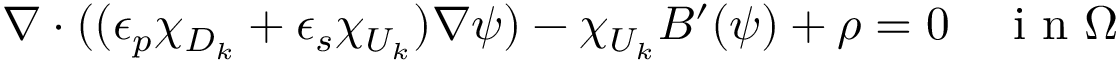
\nabla \cdot ( ( \epsilon _ { p } \chi _ { D _ { k } } + \epsilon _ { s } \chi _ { U _ { k } } ) \nabla \psi ) - \chi _ { U _ { k } } B ^ { \prime } ( \psi ) + \rho = 0 \quad \mathrm { ~ i ~ n ~ } \Omega